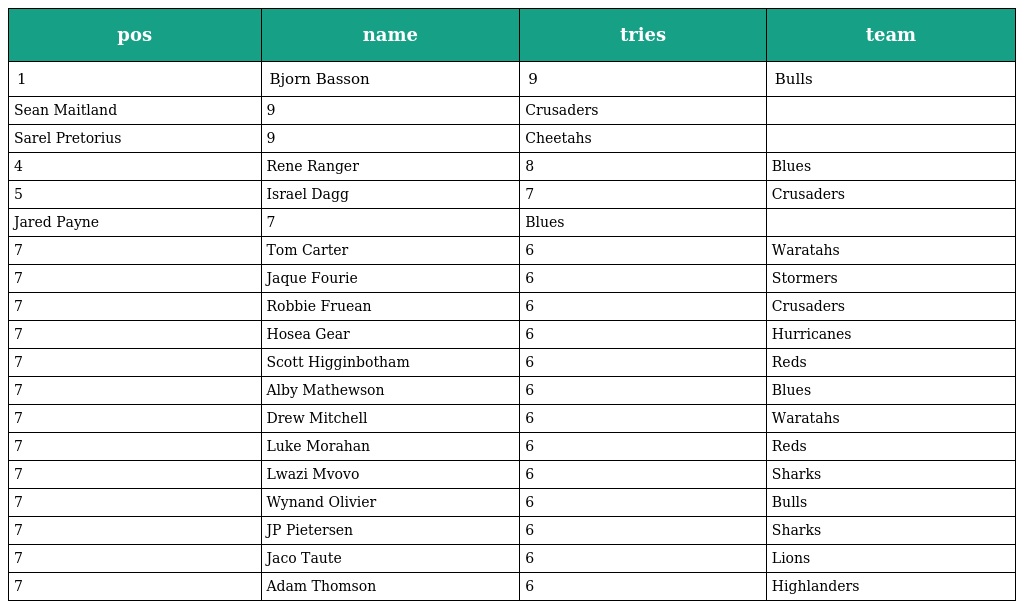
| pos | name | tries | team |
 | --- | --- | --- | --- |
 | 1 | Bjorn Basson | 9 | Bulls |
 | Sean Maitland | 9 | Crusaders |  |
 | Sarel Pretorius | 9 | Cheetahs |  |
 | 4 | Rene Ranger | 8 | Blues |
 | 5 | Israel Dagg | 7 | Crusaders |
 | Jared Payne | 7 | Blues |  |
 | 7 | Tom Carter | 6 | Waratahs |
 | 7 | Jaque Fourie | 6 | Stormers |
 | 7 | Robbie Fruean | 6 | Crusaders |
 | 7 | Hosea Gear | 6 | Hurricanes |
 | 7 | Scott Higginbotham | 6 | Reds |
 | 7 | Alby Mathewson | 6 | Blues |
 | 7 | Drew Mitchell | 6 | Waratahs |
 | 7 | Luke Morahan | 6 | Reds |
 | 7 | Lwazi Mvovo | 6 | Sharks |
 | 7 | Wynand Olivier | 6 | Bulls |
 | 7 | JP Pietersen | 6 | Sharks |
 | 7 | Jaco Taute | 6 | Lions |
 | 7 | Adam Thomson | 6 | Highlanders |